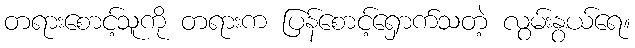
တရားစောင့်သူကို တရားက ပြန်စောင့်ရှောက်သတဲ့ လွမ်းနွယ်ရေ။